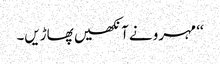
‘‘ مہرو نے آنکھیں پھاڑیں۔